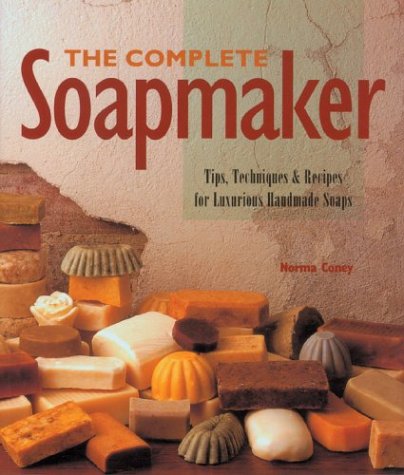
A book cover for The Complete Soapmaker: Tips, Techniques & Recipes for Luxurious Handmade Soaps; Norma Coney; Health, Fitness & Dieting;